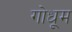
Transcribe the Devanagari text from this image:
गोधूम